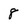
Character: 8